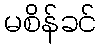
မစိန်ခင်